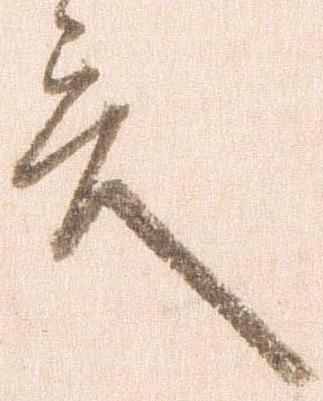
言